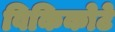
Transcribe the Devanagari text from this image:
विकिकोटे